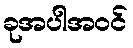
ခုအပါအဝင်